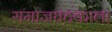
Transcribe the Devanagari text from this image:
समाजघटकाला